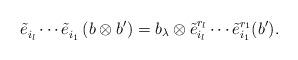
LaTeX: \begin{align*}\tilde{e}_{i_l}^{} \cdots \tilde{e}_{i_1}^{} \left( b \otimes b^\prime \right) &= b_\lambda \otimes \tilde{e}_{i_l}^{r_l} \cdots \tilde{e}_{i_1}^{r_1} (b^\prime).\end{align*}